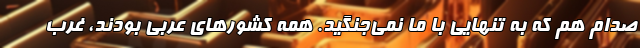
صدام هم که به تنهایی با ما نمی‌جنگید. همه کشورهای عربی بودند، غرب